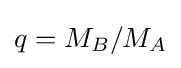
q=M_{B}/M_{A}